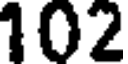
102